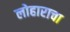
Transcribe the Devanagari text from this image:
लोहाराचा